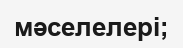
мәселелері;